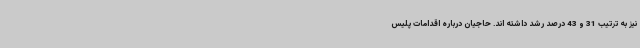
نیز به ترتیب 31 و 43 درصد رشد داشته اند. حاجیان درباره اقدامات پلیس